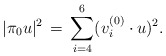
\begin{align*}|\pi_0 u|^2\,=\, \sum_{i=4}^6 ({v}^{(0)}_i\cdot u)^2. \end{align*}